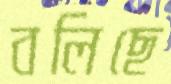
বলিছে